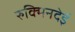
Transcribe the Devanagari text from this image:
रुक्मिनदेई